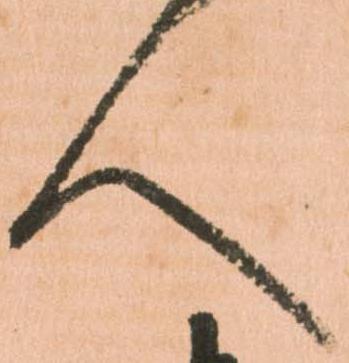
人